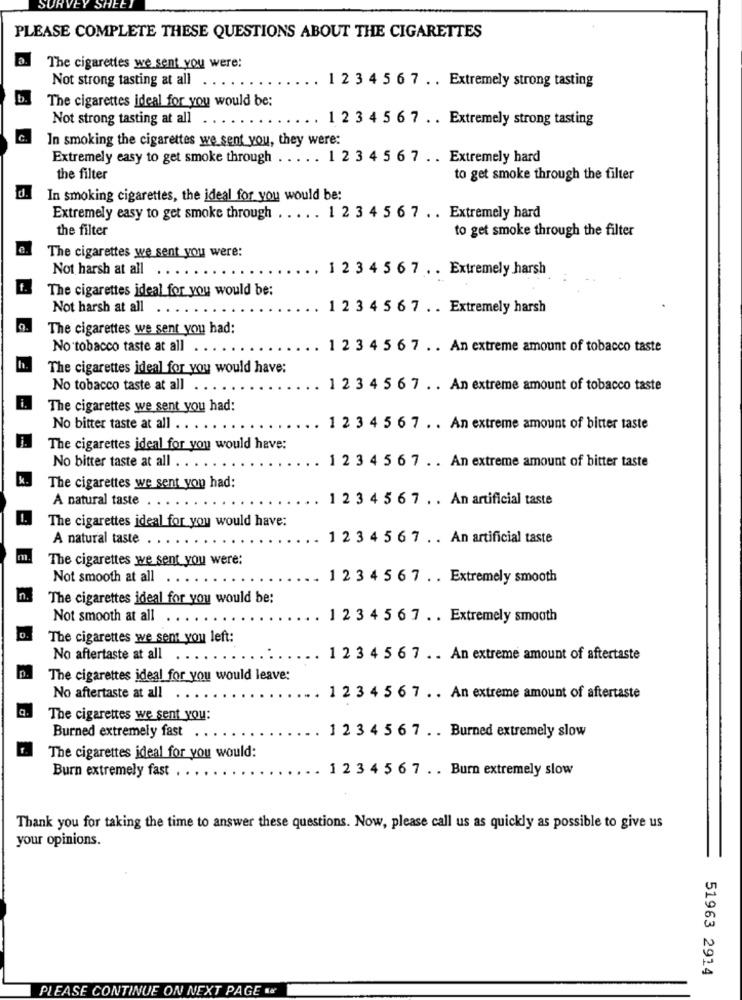
PLEASE COMPLETE THESE QUESTIONS ABOUT THE CIGARETTES
The cigarettes we sent you were:
Not strong tasting at all . .
1 2 3 4 5 6 7 . . Extremely strong tasting
The cigarettes ideal for you would be:
Not strong tasting at all
1 2 3 4 5 6 7 .. Extremely strong tasting
C.
In smoking the cigarettes we sent you, they were:
Extremely easy to get smoke through ... .. 1 2 3 4 5 6 7 .. Extremely hard
the filter
to get smoke through the filter
In smoking cigarettes, the ideal for you would be:
Extremely easy to get smoke through . .... 1 2 3 4 5 6 7 .. Extremely hard
the filter
to get smoke through the filter
The cigarettes we sent you were:
Not harsh at all
1 2 3 4 5 6 7 . . Extremely harsh
The cigarettes ideal for you would be:
Not harsh at all
1 2 3 4 5 6 7 . . Extremely harsh
The cigarettes we sent you had:
No tobacco taste at all
1 2 3 4 5 6 7 . . An extreme amount of tobacco taste
The cigarettes ideal for you would have:
No tobacco taste at all
1 2 3 4 5 6 7 . . An extreme amount of tobacco taste
The cigarettes we sent you had:
No bitter taste at all ..
1 2 3 4 5 6 7 . . An extreme amount of bitter taste
The cigarettes ideal for you would have:
No bitter taste at all . . .
1 2 3 4 5 6 7 . . An extreme amount of bitter taste
The cigarettes we sent you had:
A natural taste .
1 2 3 4 5 6 7 . . An artificial taste
The cigarettes ideal for you would have:
A natural taste . .. . .
1 2 3 4 5 6 7 . . An artificial taste
The cigarettes we sent you were:
Not smooth at all
1 2 3 4 5 6 7 . . Extremely smooth
The cigarettes ideal for you would be:
Not smooth at all
1 2 3 4 5 6 7 . . Extremely smooth
The cigarettes we semt you left:
No aftertaste at all
1 2 3 4 5 6 7 .. An extreme amount of aftertaste
The cigarettes ideal for you would leave:
No aftertaste at all
1 2 3 4 5 6 7 . . An extreme amount of aftertaste
The cigarettes we sent you:
Burned extremely fast
...
. 1 2 3 4 5 6 7 . . Burned extremely slow
The cigarettes ideal for you would:
Burn extremely fast . .
1 2 3 4 5 6 7 . . Burn extremely slow
Thank you for taking the time to answer these questions. Now, please call us as quickly as possible to give us
your opinions.
51963 2914
PLEASE CONTINUE ON NEXT PAGE **